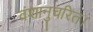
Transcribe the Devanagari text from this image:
वंशानुचरित।